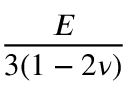
\frac { E } { 3 ( 1 - 2 \nu ) }